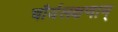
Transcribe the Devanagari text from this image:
चौर्यलक्षणाम्